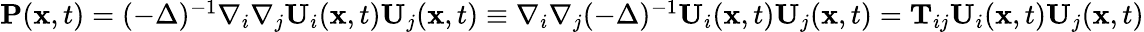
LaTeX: \begin{array}{r}{\mathbf{P}(\mathbf{x},t)=(-\Delta)^{-1}\nabla_{i}\nabla_{j}\mathbf{U}_{i}(\mathbf{x},t)\mathbf{U}_{j}(\mathbf{x},t)\equiv\nabla_{i}\nabla_{j}(-\Delta)^{-1}\mathbf{U}_{i}(\mathbf{x},t)\mathbf{U}_{j}(\mathbf{x},t)=\mathbf{T}_{ij}\mathbf{U}_{i}(\mathbf{x},t)\mathbf{U}_{j}(\mathbf{x},t)}\end{array}